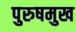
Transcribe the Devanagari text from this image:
पुरुषमुख